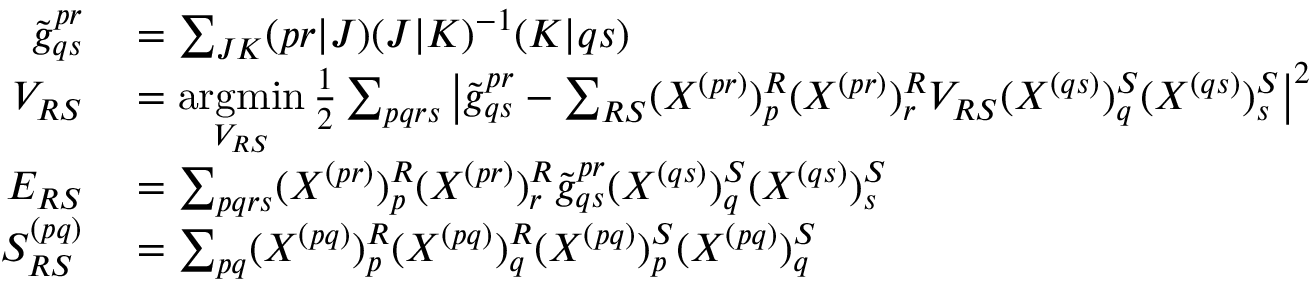
\begin{array} { r l } { \tilde { g } _ { q s } ^ { p r } } & { { } = \sum _ { J K } ( p r | J ) ( J | K ) ^ { - 1 } ( K | q s ) } \\ { V _ { R S } } & { { } = \underset { V _ { R S } } { \operatorname { a r g m i n } } \, \frac { 1 } { 2 } \sum _ { p q r s } \left| \tilde { g } _ { q s } ^ { p r } - \sum _ { R S } ( X ^ { ( p r ) } ) _ { p } ^ { R } ( X ^ { ( p r ) } ) _ { r } ^ { R } V _ { R S } ( X ^ { ( q s ) } ) _ { q } ^ { S } ( X ^ { ( q s ) } ) _ { s } ^ { S } \right| ^ { 2 } } \\ { E _ { R S } } & { { } = \sum _ { p q r s } ( X ^ { ( p r ) } ) _ { p } ^ { R } ( X ^ { ( p r ) } ) _ { r } ^ { R } \tilde { g } _ { q s } ^ { p r } ( X ^ { ( q s ) } ) _ { q } ^ { S } ( X ^ { ( q s ) } ) _ { s } ^ { S } } \\ { S _ { R S } ^ { ( p q ) } } & { { } = \sum _ { p q } ( X ^ { ( p q ) } ) _ { p } ^ { R } ( X ^ { ( p q ) } ) _ { q } ^ { R } ( X ^ { ( p q ) } ) _ { p } ^ { S } ( X ^ { ( p q ) } ) _ { q } ^ { S } } \end{array}